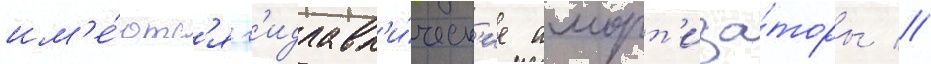
им'е́ютс'я г'идравл'и́ческ'ие аморт'иза́торы //